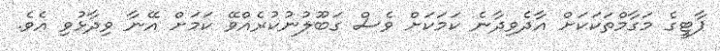
ޕާޓީގެ މަގާމްތަކަކަށް އާދެވިދާނެ ކަމަކަށް ވެސް ގަބޫލުނުކުރެއްވޭ ކަމަށް އޭނާ ވިދާޅުވި އެވެ.